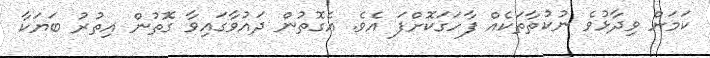
ކަމަށް ވިދާޅުވެ ނުކުތާތަކެއް ފާހަގަކޮށްފަ އެވެ. އެގޮތުން ދައުވާގައިވާ ގޮތުން އިތުރު ބަޔަކާ